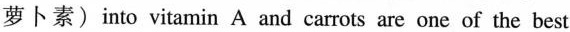
萝卜素) into vitamin A and carrots are one of the best